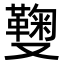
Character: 𠮑